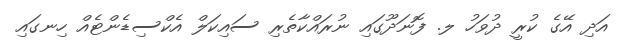
އަދި އޭގެ ކުރީ ދުވަހު ލ. ފޮނަދޫގައި ނުރައްކާތެރި ސައިކަލް އެކްސިޑެންޓެއް ހިނގައި